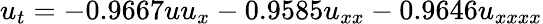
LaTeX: u_{t}=-0.9667uu_{x}-0.9585u_{xx}-0.9646u_{xxxx}